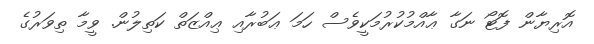
އޮރިޔާން ފޮޓޯ ނަގާ ޢާއްމުކުރުމަކީވެސް ހަމަ ޢަބުރާއި ޢިއްޒަތް ކަތިލުން. ވީމާ ތިވަރުގެ